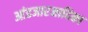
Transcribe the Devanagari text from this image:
आंडजारजादिका